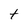
Character: t